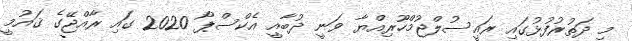
މި ދަތުރުފުޅުގައި ރައީސުލްޖުމްހޫރިއްޔާ ވަނީ ދުބާއީ އެކްސްޕޯ 2020 ގައި ރާއްޖޭގެ ޤައުމީ